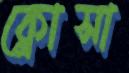
ক্লোসা